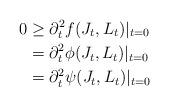
LaTeX: \begin{align*}0&\ge \partial_t^2f(J_t,L_t)|_{t=0}\\&=\partial_t^2\phi(J_t,L_t)|_{t=0}\\&=\partial_t^2\psi(J_t,L_t)|_{t=0}\end{align*}